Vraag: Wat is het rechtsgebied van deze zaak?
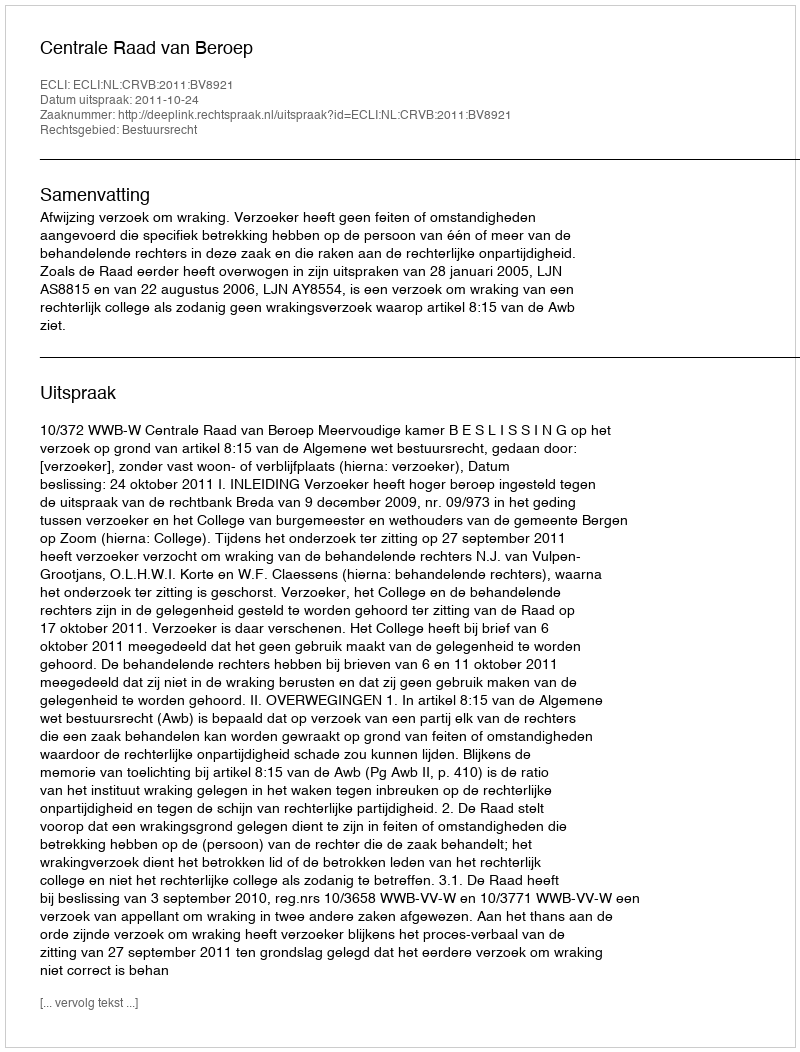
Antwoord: Bestuursrecht